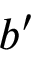
b ^ { \prime }